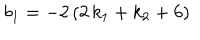
b _ { 1 } = - 2 \, ( 2 \, k _ { 1 } + k _ { 2 } + 6 )